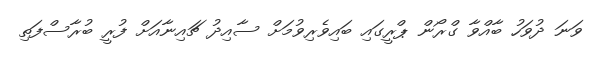
ވަނަ ދުވަހު ބާއްވާ ގްރޯން ޕްރީގައި ބައިވެރިވުމަށް ސާއިދު ޗައިނާއަށް ފުރީ ބުރާސްފަތި